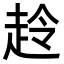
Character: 𧻋